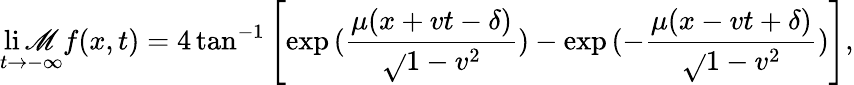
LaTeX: \operatorname*{li\mathscr{M}}_{t\rightarrow-\infty}f(x,t)=4\tan^{-1}\left[\exp{(\frac{{\mu(x+vt-\delta)}}{{\sqrt{}{{1-v^{2}}}}})}-\exp{(-\frac{{\mu(x-vt+\delta)}}{{\sqrt{}{{1-v^{2}}}}})}\right],